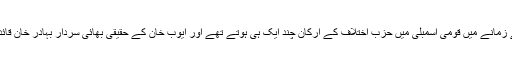
جنرل ایوب خان کے زمانے میں قومی اسمبلی میں حزب اختلاف کے ارکان چند ایک ہی ہوتے تھے اور ایوب خان کے حقیقی بھائی سردار بہادر خان قائد حزب اختلاف تھے۔